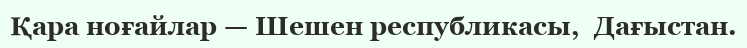
Қара ноғайлар — Шешен республикасы,  Дағыстан.